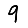
Digit: 9